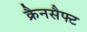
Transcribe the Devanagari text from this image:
क्रैनसैफ्ट